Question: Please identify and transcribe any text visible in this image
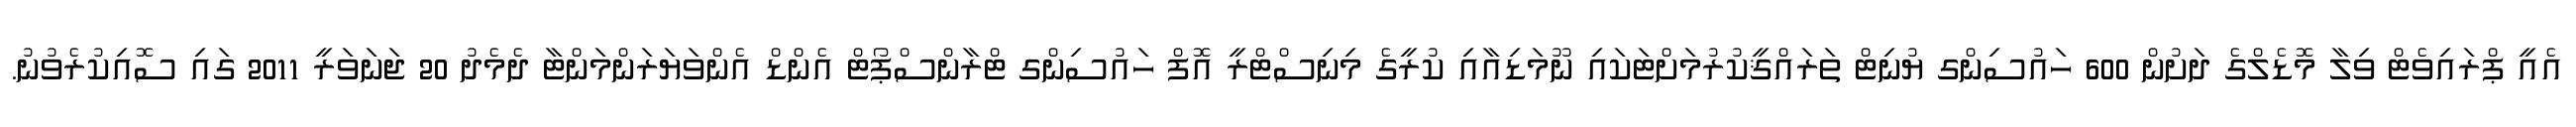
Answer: އެއީ ޕްރައިވެޓް ވިލާ މޮޑެލްގެ ދަށުން 600 ހައުސިންގ ޔުނިޓް ތަރައްޤީކުރުމަށްޓަކައި ނޫމަޑިއާއި ކުރީގެ މިނިސްޓްރީ އޮފް ހައުސިންގ ޓްރާންސްޕޯޓް އެންޑް އެންވަޔަރަންމަންޓާ ދެމެދު 20 ޖަނަވަރީ 2011 ގައި ސޮއިކުރެވުނު.